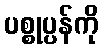
ပစ္စုပ္ပန်ကို